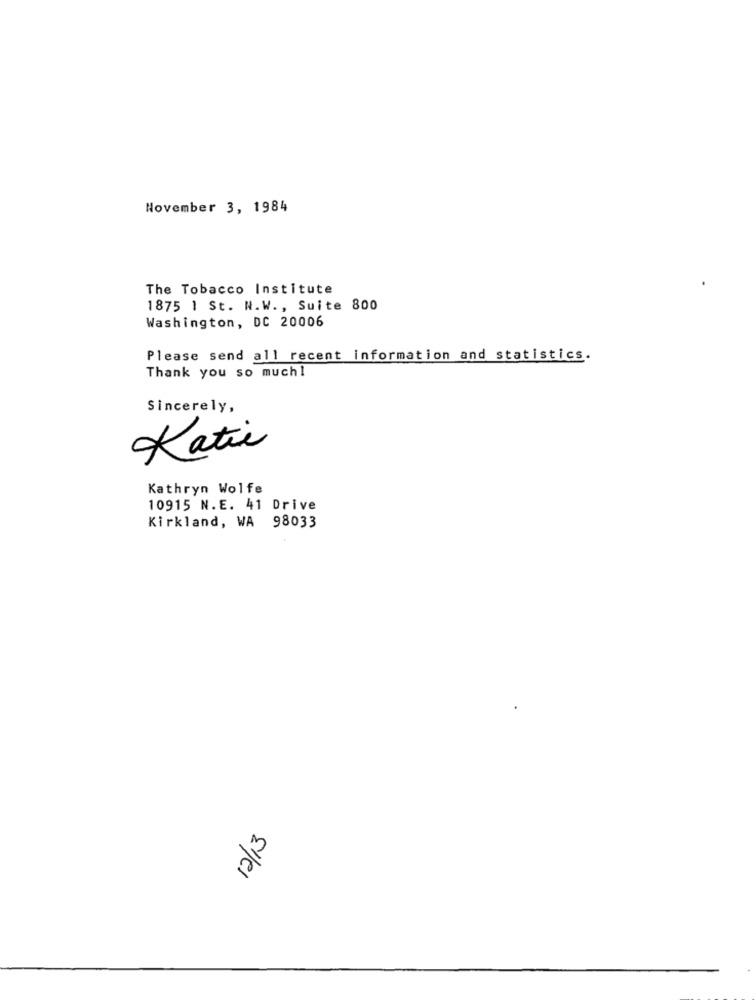
November 3, 1984
The Tobacco Institute
1875 1 St. W.W ., Suite 800
Washington, DC 20006
Please send all recent information and statistics.
Thank you so much!
Sincerely,
Katie
Kathryn Wolfe
10915 N.E. 41 Drive
Kirkland, WA 98033
Eile